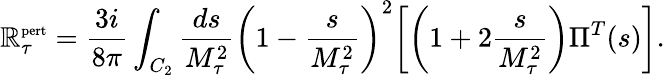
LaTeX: \mathbb{R}_{\tau}^{\mathrm{{\scriptsize{pert}}}}=\frac{{3i}}{{8\pi}}\int_{C_{2}}\frac{{ds}}{{M_{\tau}^{2}}}\biggl(1-\frac{{s}}{{M_{\tau}^{2}}}\biggr)^{2}\biggl[\biggl(1+2\frac{{s}}{{M_{\tau}^{2}}}\biggr)\Pi^{T}(s)\biggr].